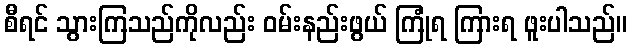
စီရင် သွားကြသည်ကိုလည်း ဝမ်းနည်းဖွယ် ကြုံရ ကြားရ ဖူးပါသည်။